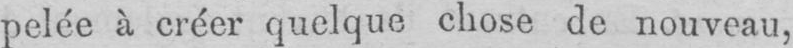
pelée à créer quelque chose de nouveau,